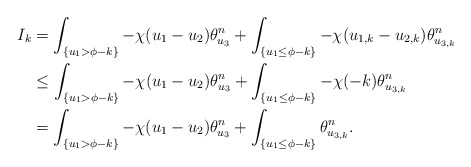
\begin{align*}I_k&=\int_{\{u_1>\phi-k\}}-\chi(u_{1}-u_{2})\theta_{u_3}^n+\int_{\{u_1\leq \phi-k\}}-\chi(u_{1,k}-u_{2,k})\theta_{u_{3,k}}^n\\&\leq \int_{\{u_1>\phi-k\}}-\chi(u_{1}-u_{2})\theta_{u_3}^n+\int_{\{u_1\leq \phi-k\}}-\chi(-k)\theta_{u_{3,k}}^n\\&= \int_{\{u_1>\phi-k\}}-\chi(u_{1}-u_{2})\theta_{u_3}^n+\int_{\{u_1\leq \phi-k\}}\theta_{u_{3,k}}^n.\end{align*}